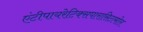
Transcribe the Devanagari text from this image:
एंटीपायरेटिक्सपारासिटामोल